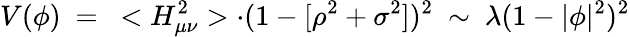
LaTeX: V(\phi)\ =\ <H_{\mu\nu}^{2}>\cdot(1-[\rho^{2}+\sigma^{2}])^{2}\ \sim\ \lambda(1-|\phi|^{2})^{2}